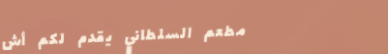
مطعم السلطاني يقدم لكم أش